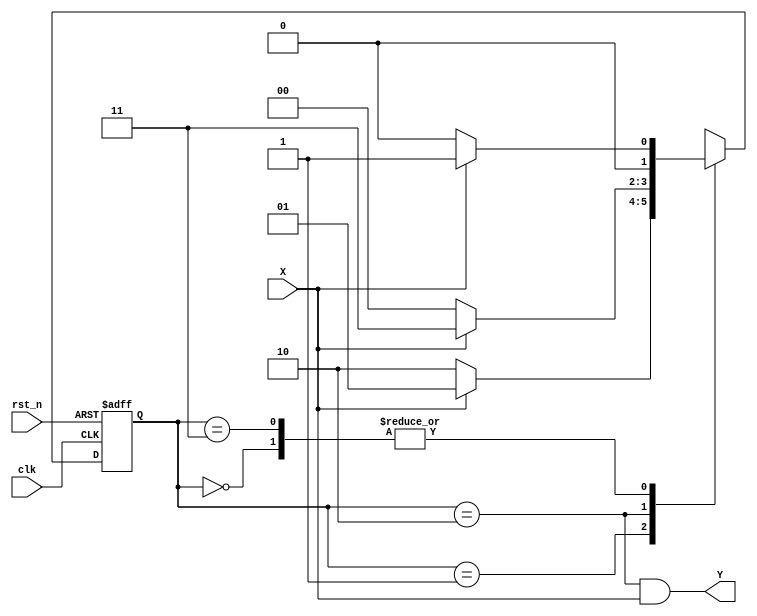
`timescale 1ns / 1ps
//////////////////////////////////////////////////////////////////////////////////
// Company: 
// Engineer: 
// 
// Design Name: 
// Module Name: FSM_101_Detector
// Project Name: 
// Target Devices: 
// Tool Versions: 
// Description: 
// 
// Dependencies: 
// 
// Revision:
// Revision 0.01 - File Created
// Additional Comments:
// 
//////////////////////////////////////////////////////////////////////////////////


module FSM_101_Detector(clk, rst_n, X, Y);
input clk;
input rst_n;
input X;
output Y;

 //state localparm 
localparam S0 = 2'b00,
           S1 = 2'b01,
           S2 = 2'b10,
           S3 = 2'b11; 

 reg [1:0] present_state, next_state;
  
//Next State  - Combinational logic    .
always @(present_state or X) begin
    next_state = S0; //next state S0(00)  
    case(present_state)
        S0:
        if(X)
            next_state = S1; //X=1  S0 -> S1
        else
            next_state = S0; //X=0  S0 -> S0 (  )
        
        S1:
        if(X)
            next_state = S1; //X=1  S1 -> S1 (  )
        else
            next_state = S2; //X=0  S1 -> S2
        
        S2:
        if(X)
            next_state = S3; //X=1  S2 -> S3
        else
            next_state = S0; //X=0  S2 -> S0 (. 0 2 "101"   )

        S3:
        if(X)
             next_state = S1; //"1011" .
        else
            next_state = S0;//"1010" ,    .

        default : next_state = S0;
    endcase
end

//Present State  - Sequential logic    .
always @(posedge clk or negedge rst_n) begin
    if(!rst_n) present_state <= S0; //rest, present_state S0(00) .
    else
        present_state <= next_state;
end

//assign    - Combinational logic
assign Y = (present_state == S2 && X == 1);
 
endmodule